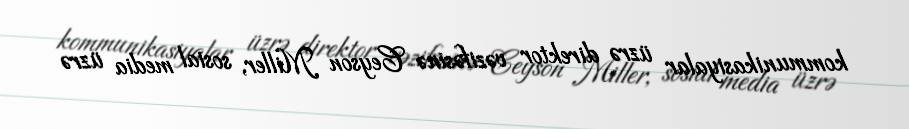
kommunikasiyalar üzrə direktor vəzifəsinə Ceyson Miller, sosial media üzrə